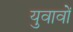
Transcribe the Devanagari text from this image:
युवावों